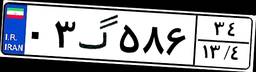
۰۳گ۵۸۶۳۴